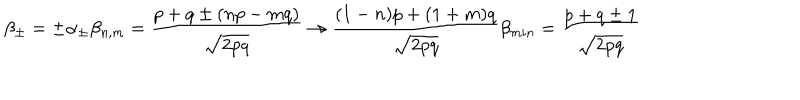
\beta _ { \pm } = \pm \alpha _ { \pm } \beta _ { n , m } = { \frac { p + q \pm ( n p - m q ) } { \sqrt { 2 p q } } } \rightarrow { \frac { ( 1 - n ) p + ( 1 + m ) q } { \sqrt { 2 p q } } } \beta _ { m i n } = { \frac { p + q \pm 1 } { \sqrt { 2 p q } } }